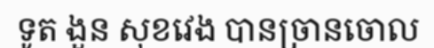
ទូត ងួន សុខវេង បានច្រានចោល